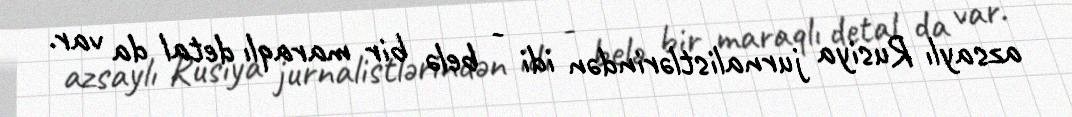
azsaylı Rusiya jurnalistlərindən idi - belə bir maraqlı detal da var.